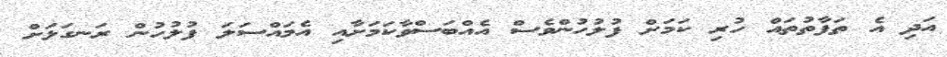
އަދި އެ ތަފާތުތައް ހުރި ކަމަށް ފުލުހުންވެސް އެއްބަސްވާކަމަށާއި އެމައްސަލަ ފުލުހުން ރަނގަޅަށް